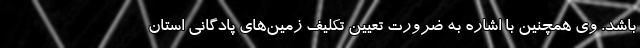
باشد. وی همچنین با اشاره به ضرورت تعیین تکلیف زمین‌های پادگانی استان